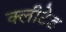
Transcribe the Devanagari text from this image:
क्लीटेड